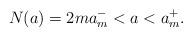
LaTeX: \begin{align*} N ( a) = 2m a_m^- < a < a_m^+ .\end{align*}